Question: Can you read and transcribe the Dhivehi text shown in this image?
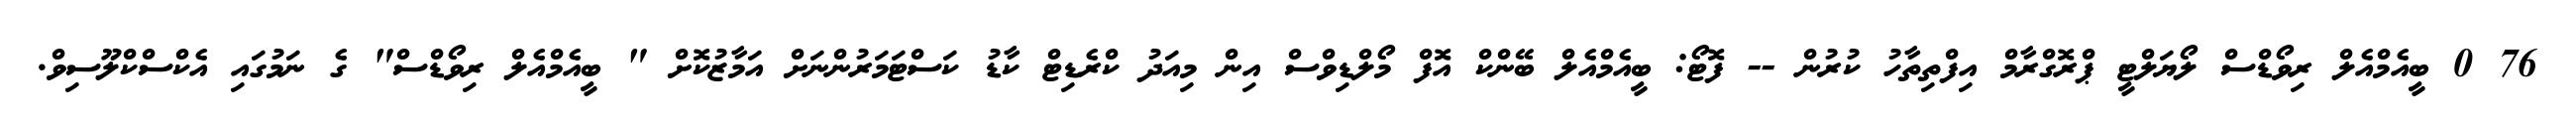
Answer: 76 0 ބީއެމްއެލް ރިވޯޑްސް ލޯޔަލްޓީ ޕްރޮގްރާމް އިފްތިތާހު ކުރުން -- ފޮޓޯ: ބީއެމްއެލް ބޭންކް އޮފް މޯލްޑިވްސް އިން މިއަދު ކްރެޑިޓް ކާޑު ކަސްޓަމަރުންނަށް އަމާޒުކޮށް " ބީއެމްއެލް ރިވޯޑްސް" ގެ ނަމުގައި އެކްސްކްލޫސިވް.